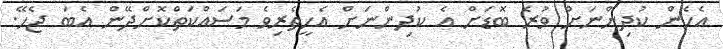
އެހެން ކުދިންނަށް ވުރެ ބޮޑަށް އެ ކުދިންނަށް އެހީތެރިވެ މަސައްކަތްކޮށްދޭން އެބަ ޖެހޭ.